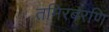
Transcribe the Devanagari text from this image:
तमिरबरणि